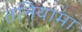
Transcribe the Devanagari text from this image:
तनियामा